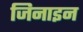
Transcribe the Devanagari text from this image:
जिनाइन